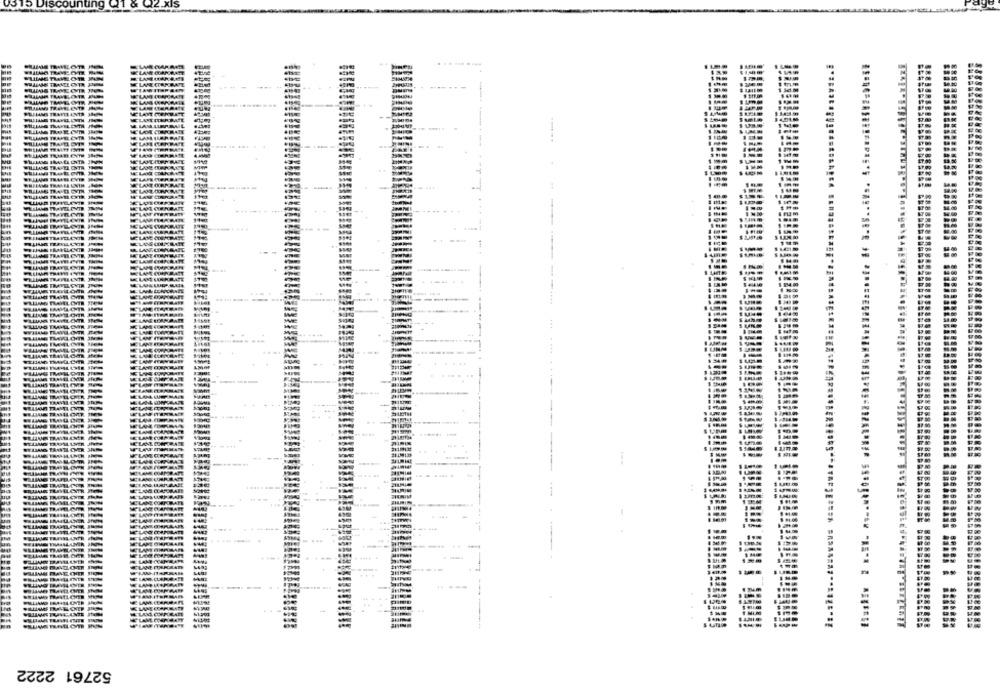
---
-
. ...
--
WELCHER
AUSTRAL CHEF
52761 2222